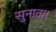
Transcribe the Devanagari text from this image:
सुनाता।